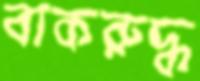
বাকরুদ্ধ